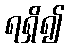
ရရှိ၍